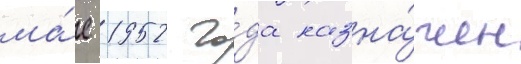
ма́е 1952 го́да назна́чен